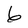
Character: 6